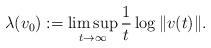
LaTeX: \begin{align*} \lambda(v_0):=\limsup_{t\rightarrow \infty} \frac{1}{t} \log\|v(t)\|.\end{align*}